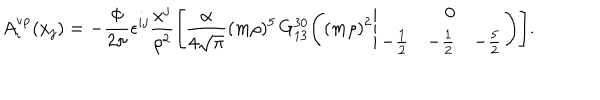
A _ { i } ^ { \mathrm { v p } } ( x _ { j } ) = - \frac { \Phi } { 2 \pi } \epsilon ^ { i j } \frac { x ^ { j } } { \rho ^ { 2 } } \Biggl [ \frac { \alpha } { 4 \sqrt { \pi } } ( m \rho ) ^ { 5 } \, G _ { 1 3 } ^ { 3 0 } \Biggl ( ( m \rho ) ^ { 2 } \Bigg | \begin{array} { r r r } { { } } & { { 0 } } & { { } } \\ { { - \frac { 1 } { 2 } } } & { { - \frac { 1 } { 2 } } } & { { - \frac { 5 } { 2 } } } \\ \end{array} \Biggr ) \Biggr ] .